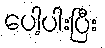
ပေါ့ပါးပြီး